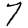
Digit: 7